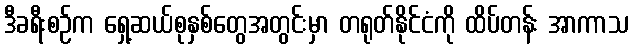
ဒီခရီးစဉ်က ရှေ့ဆယ်စုနှစ်တွေအတွင်းမှာ တရုတ်နိုင်ငံကို ထိပ်တန်း အာကာသ